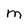
Character: M